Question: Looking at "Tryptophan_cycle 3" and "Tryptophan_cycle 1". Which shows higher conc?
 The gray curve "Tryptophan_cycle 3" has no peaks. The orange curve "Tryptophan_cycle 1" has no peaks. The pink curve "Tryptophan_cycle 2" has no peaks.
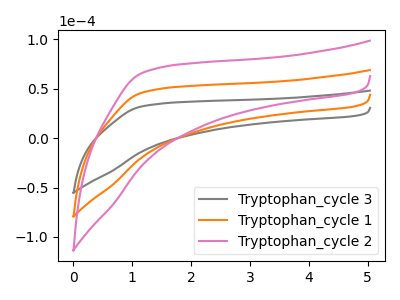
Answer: <think>Neither "Tryptophan_cycle 3" or "Tryptophan_cycle 1" have any peaks.
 </think>
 <answer>I cant tell if "Tryptophan_cycle 3" or "Tryptophan_cycle 1" has higher concentration.</answer>
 <eval>mixed_concentration</eval>